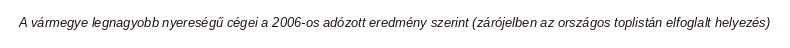
A vármegye legnagyobb nyereségű cégei a 2006-os adózott eredmény szerint (zárójelben az országos toplistán elfoglalt helyezés)